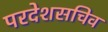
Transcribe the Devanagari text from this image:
परदेशसचिव